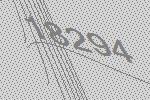
18294